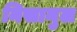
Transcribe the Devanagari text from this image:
निसानुल